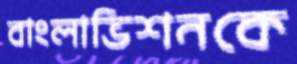
বাংলাভিশনকে